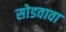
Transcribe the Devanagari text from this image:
सोडवावा